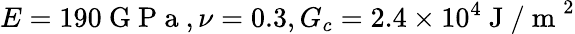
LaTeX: E=190\mathrm{~G~P~a~},\nu=0.3,G_{c}=2.4\times 10^{4}\mathrm{~J~/~m~}^{2}